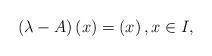
LaTeX: \begin{align*}\left( \lambda -A\right) \left( x\right) =\left(x\right) ,x\in I, \end{align*}